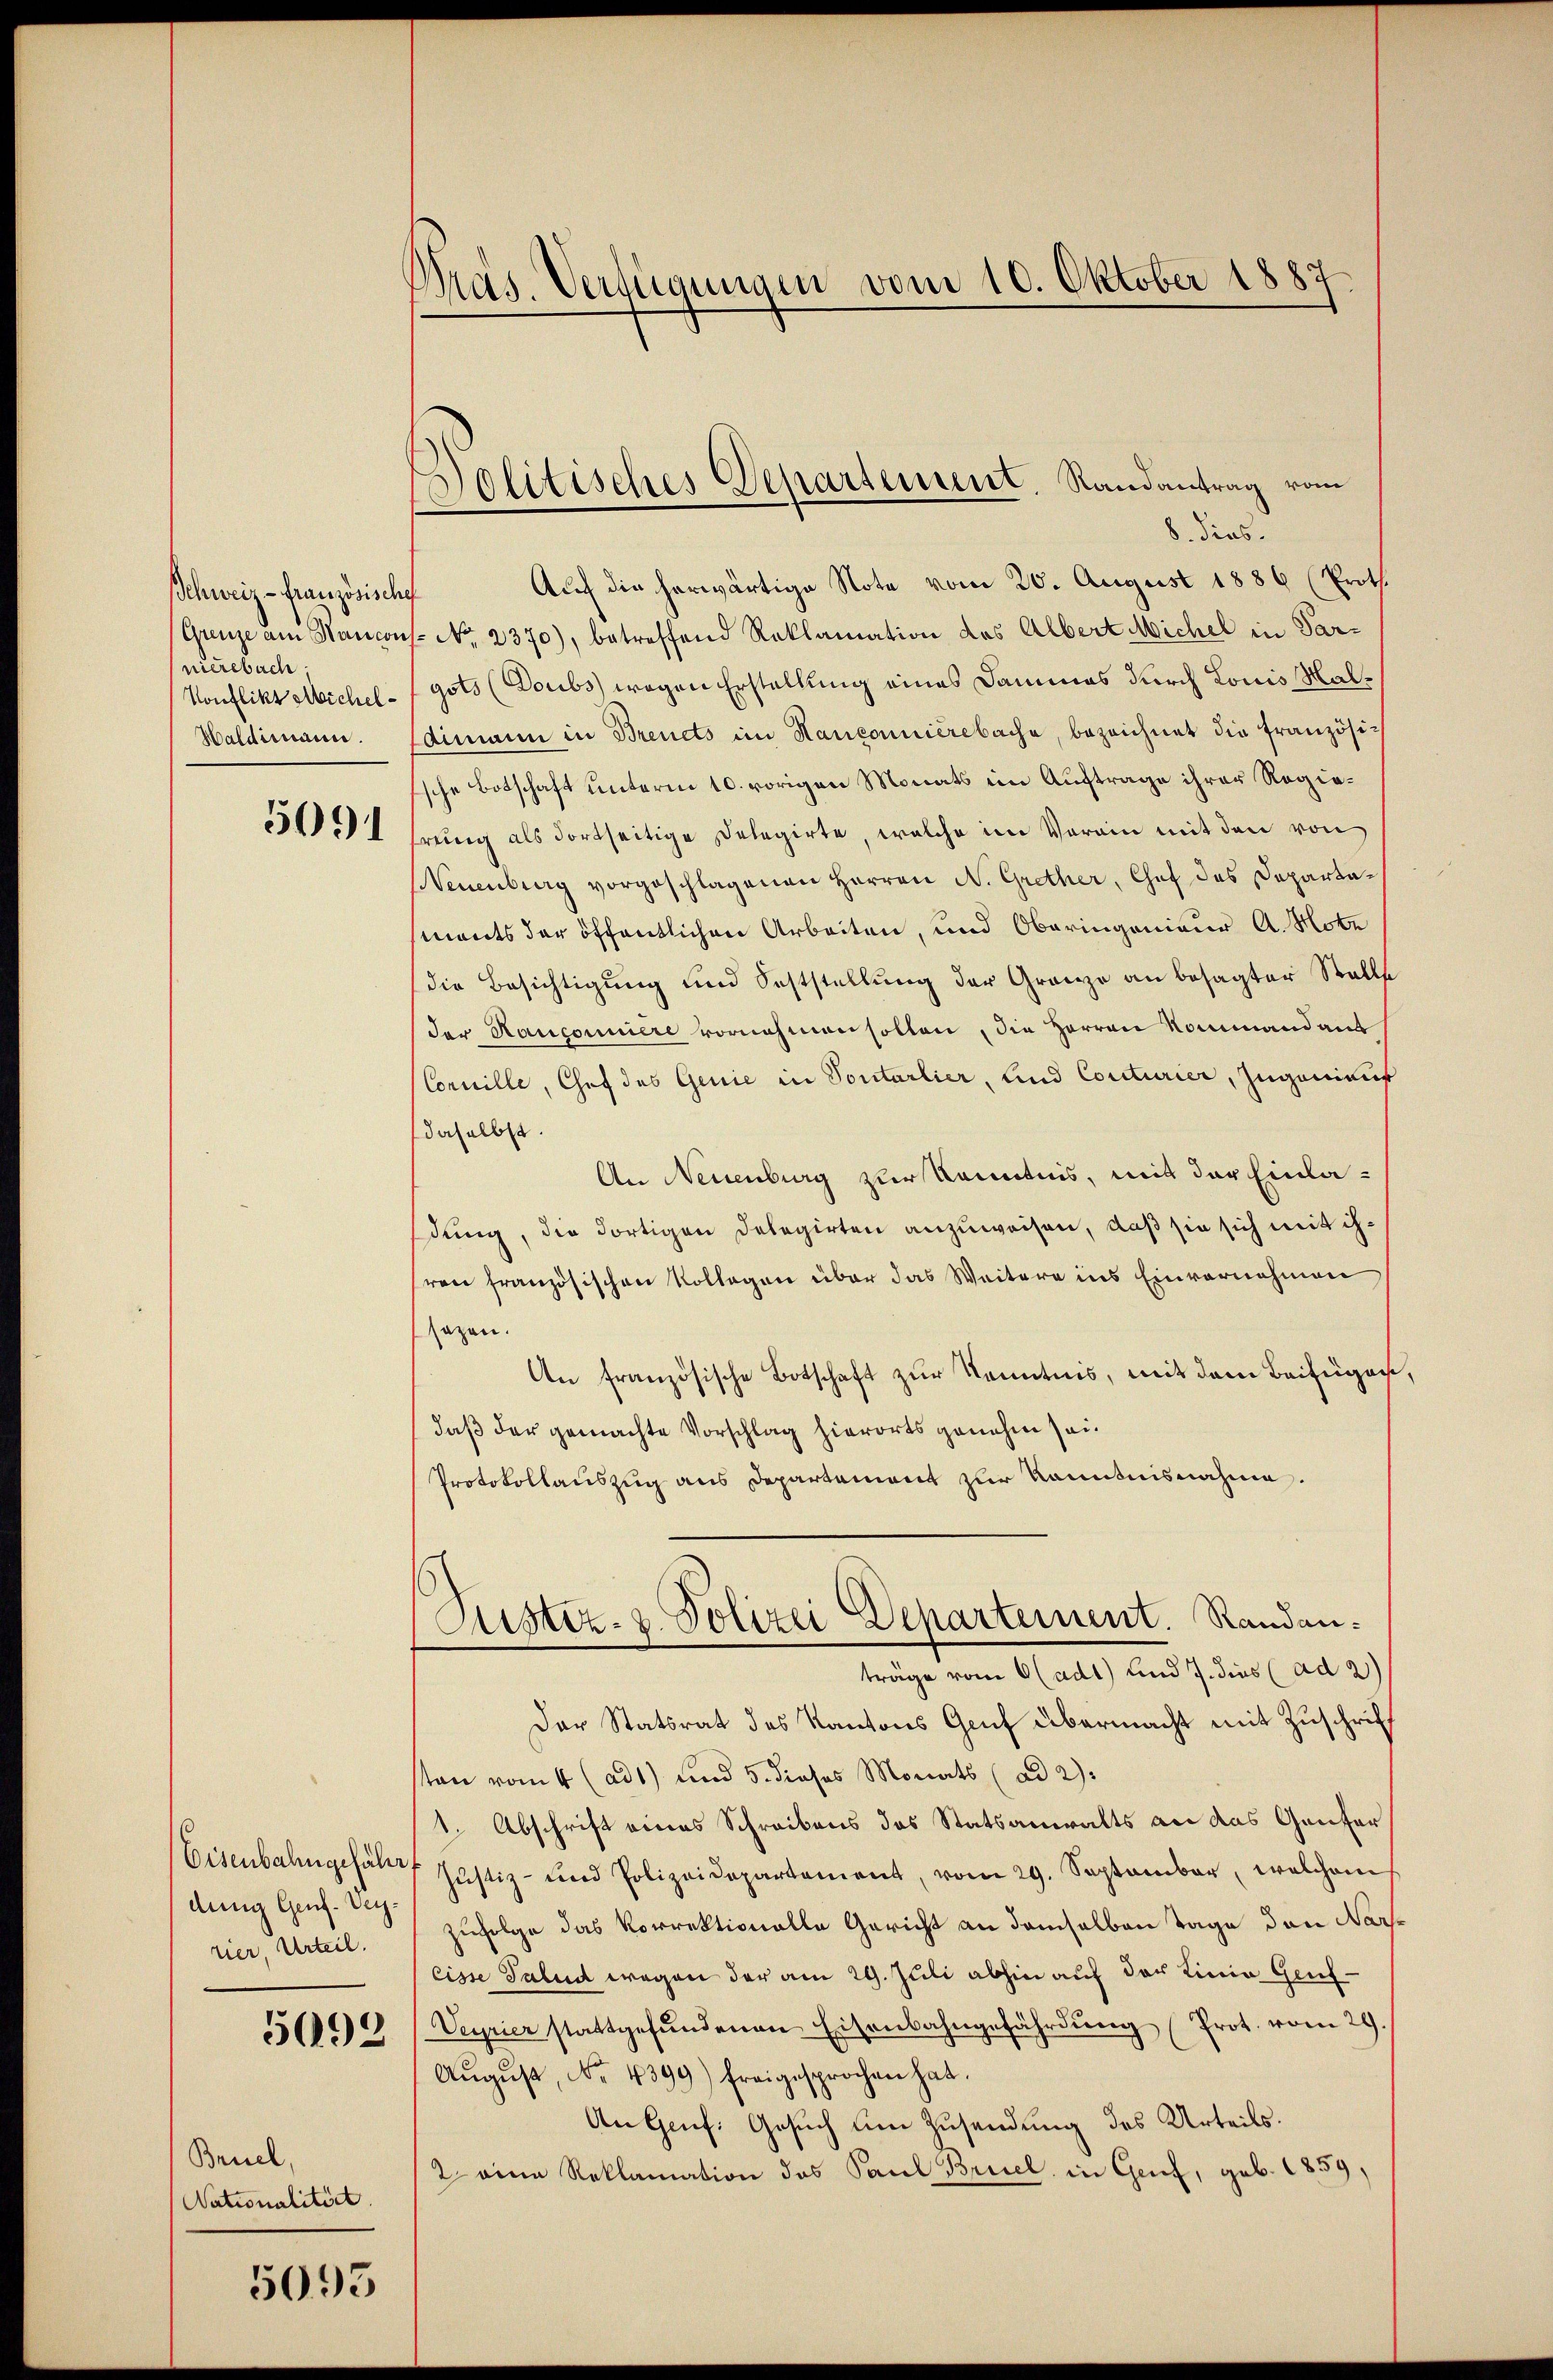
chweiz - französische
nierebach,
Konflikt Michel¬
Haldimann.

5091

dennig Genf. Verrier, Urteil.
5092

Beuel,
Nationalität.

5095

Präs. Verfügungen vom 10. Oktober 1887

Dolitisches Departement. Randantrag vom
b. dies

Auf die herwärtige Note vom 20. August 1886 (Proth
Grenze am Hancons. No. 2370), betreffend Reklamation des Albert Michel in Pargots (Doubs wegen Erstellung eines Dammes durch Louis Malsaimann in Brendts im Hanconnierebache, bezeichnet die französische Botschaft unterm 10. vorigen Monats im Auftrage ihrer Regiehrung als dortseitige Delegirte, welche im Vorain mit den von
Neuenburg vorgeschlagenen Herren N. Grether, Chef des Departements der öffentlichen Arbeiten, und Oberingenieur A. Robe
die Besichtigung und Soststellung der Granze an besagter Stallse
der Haucomniere vornehmen sollen, die Herren Kommandaus
Cornille, Chef des Genie in Sontarlier, und Conturier, Zuganiauf
daselbst.
An Neuenburg zur Kenntnis, mit der Einladung, die dortigen Delegirten anzuweisen, daß sie sich mit ihren französischen Kollegen über das Weitere ins Einvernehmen,
sazen.
An französische Botschaft zur Kenntnis, mit dem Beifügen,
daß der gemachte Vorschlag hierorts genehm sei.
Protokollauszug aus Departement zur Kenntnisnahme.
Justiz- & Polizei Departement. Randanträge vom 6 (adt) und 7. dies (ad 2)
Der Statsrat des Kantons Gruf übermacht mit Zuschrift
sten vom 4 (ad1) und 5. dieses Monats (ad 2):
1. Abschrift eines Schreibens des Statsanwalts an das Ganter
Eisenbahngehalte Justiz- und Polizeidepartement, vom 29. September, welchem
zufolge das Vorrektionalle Gericht an demselben Tage den Nacheisse Talen wegen der am 29. Juli abhin auf der Linie Genf¬
Veyrier stattgefŭndenen Eisenbahngefährdŭng (Prot. vom 29.
Aŭgŭst No. 4399) freigesprochen hat.
An Genf. Gesuch im Zusendung des Urteils.
2 eine Reklamation das Paul Bruel, in Genf, geb. 1859,